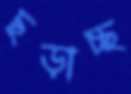
ছড়াচ্ছ